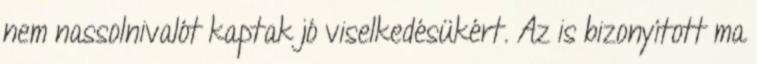
nem nassolnivalót kaptak jó viselkedésükért. Az is bizonyított ma